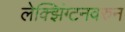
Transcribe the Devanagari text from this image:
लेक्झिंग्टनवरुन